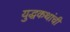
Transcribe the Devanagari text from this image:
युद्धकथांची